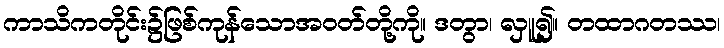
ကာသိကတိုင်း၌ဖြစ်ကုန်သောအဝတ်တို့ကို။ ဒတွာ၊ လှူ၍။ တထာဂတဿ၊